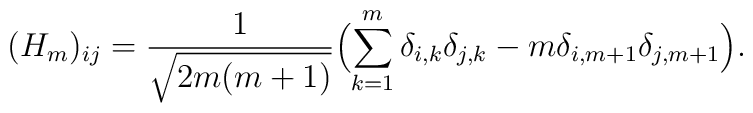
(H_m)_{ij}={1\over{\sqrt{2m(m+1)}}}\Bigl(\sum_{k=1}^m\delta_{i, k}\delta_{j, k}-m\delta_{i,m+1}\delta_{j, m+1}\Bigr).